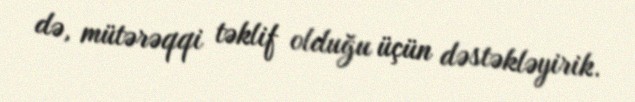
də, mütərəqqi təklif olduğu üçün dəstəkləyirik.